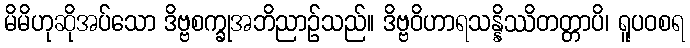
မိမိဟုဆိုအပ်သော ဒိဗ္ဗစက္ခုအဘိညာဉ်သည်။ ဒိဗ္ဗဝိဟာရသန္နိဿိတတ္တာပိ၊ ရူပဝစရ